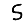
Digit: 5